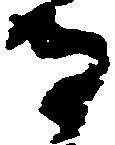
寺